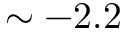
\sim - 2 . 2